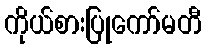
ကိုယ်စားပြုကော်မတီ